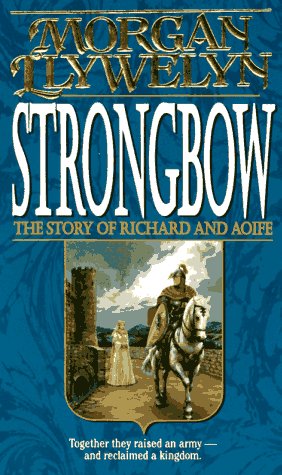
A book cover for Strongbow: The Story of Richard And Aoife; Morgan Llywelyn; Teen & Young Adult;